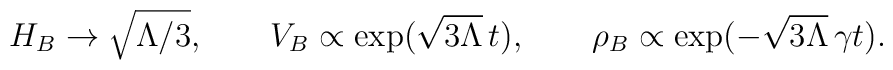
H_B \to \sqrt{\Lambda/3}, \qquad V_B \propto \exp(\sqrt{3\Lambda}\, t), \qquad \rho_B \propto \exp(-\sqrt{3\Lambda} \, \gamma t).